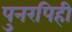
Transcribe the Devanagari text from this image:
पुनरपिही